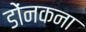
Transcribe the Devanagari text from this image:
डोंनकना